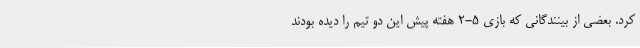
کرد. بعضی از بینندگانی که بازی 5-2 هفته پیش این دو تیم را دیده بودند